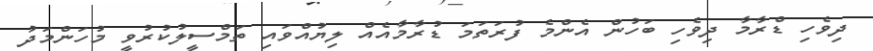
ދިވެހި ޑްރާމާ ދިވެހި ބަހުން އެންމެ ފުރަތަމަ ޑުރާމާއެއް ލިޔުއްވައި ތަމްސީލުކުރުވީ މުހަންމަދު